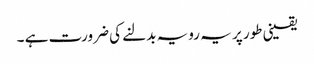
یقینی طور پر یہ رویہ بدلنے کی ضرورت ہے ۔